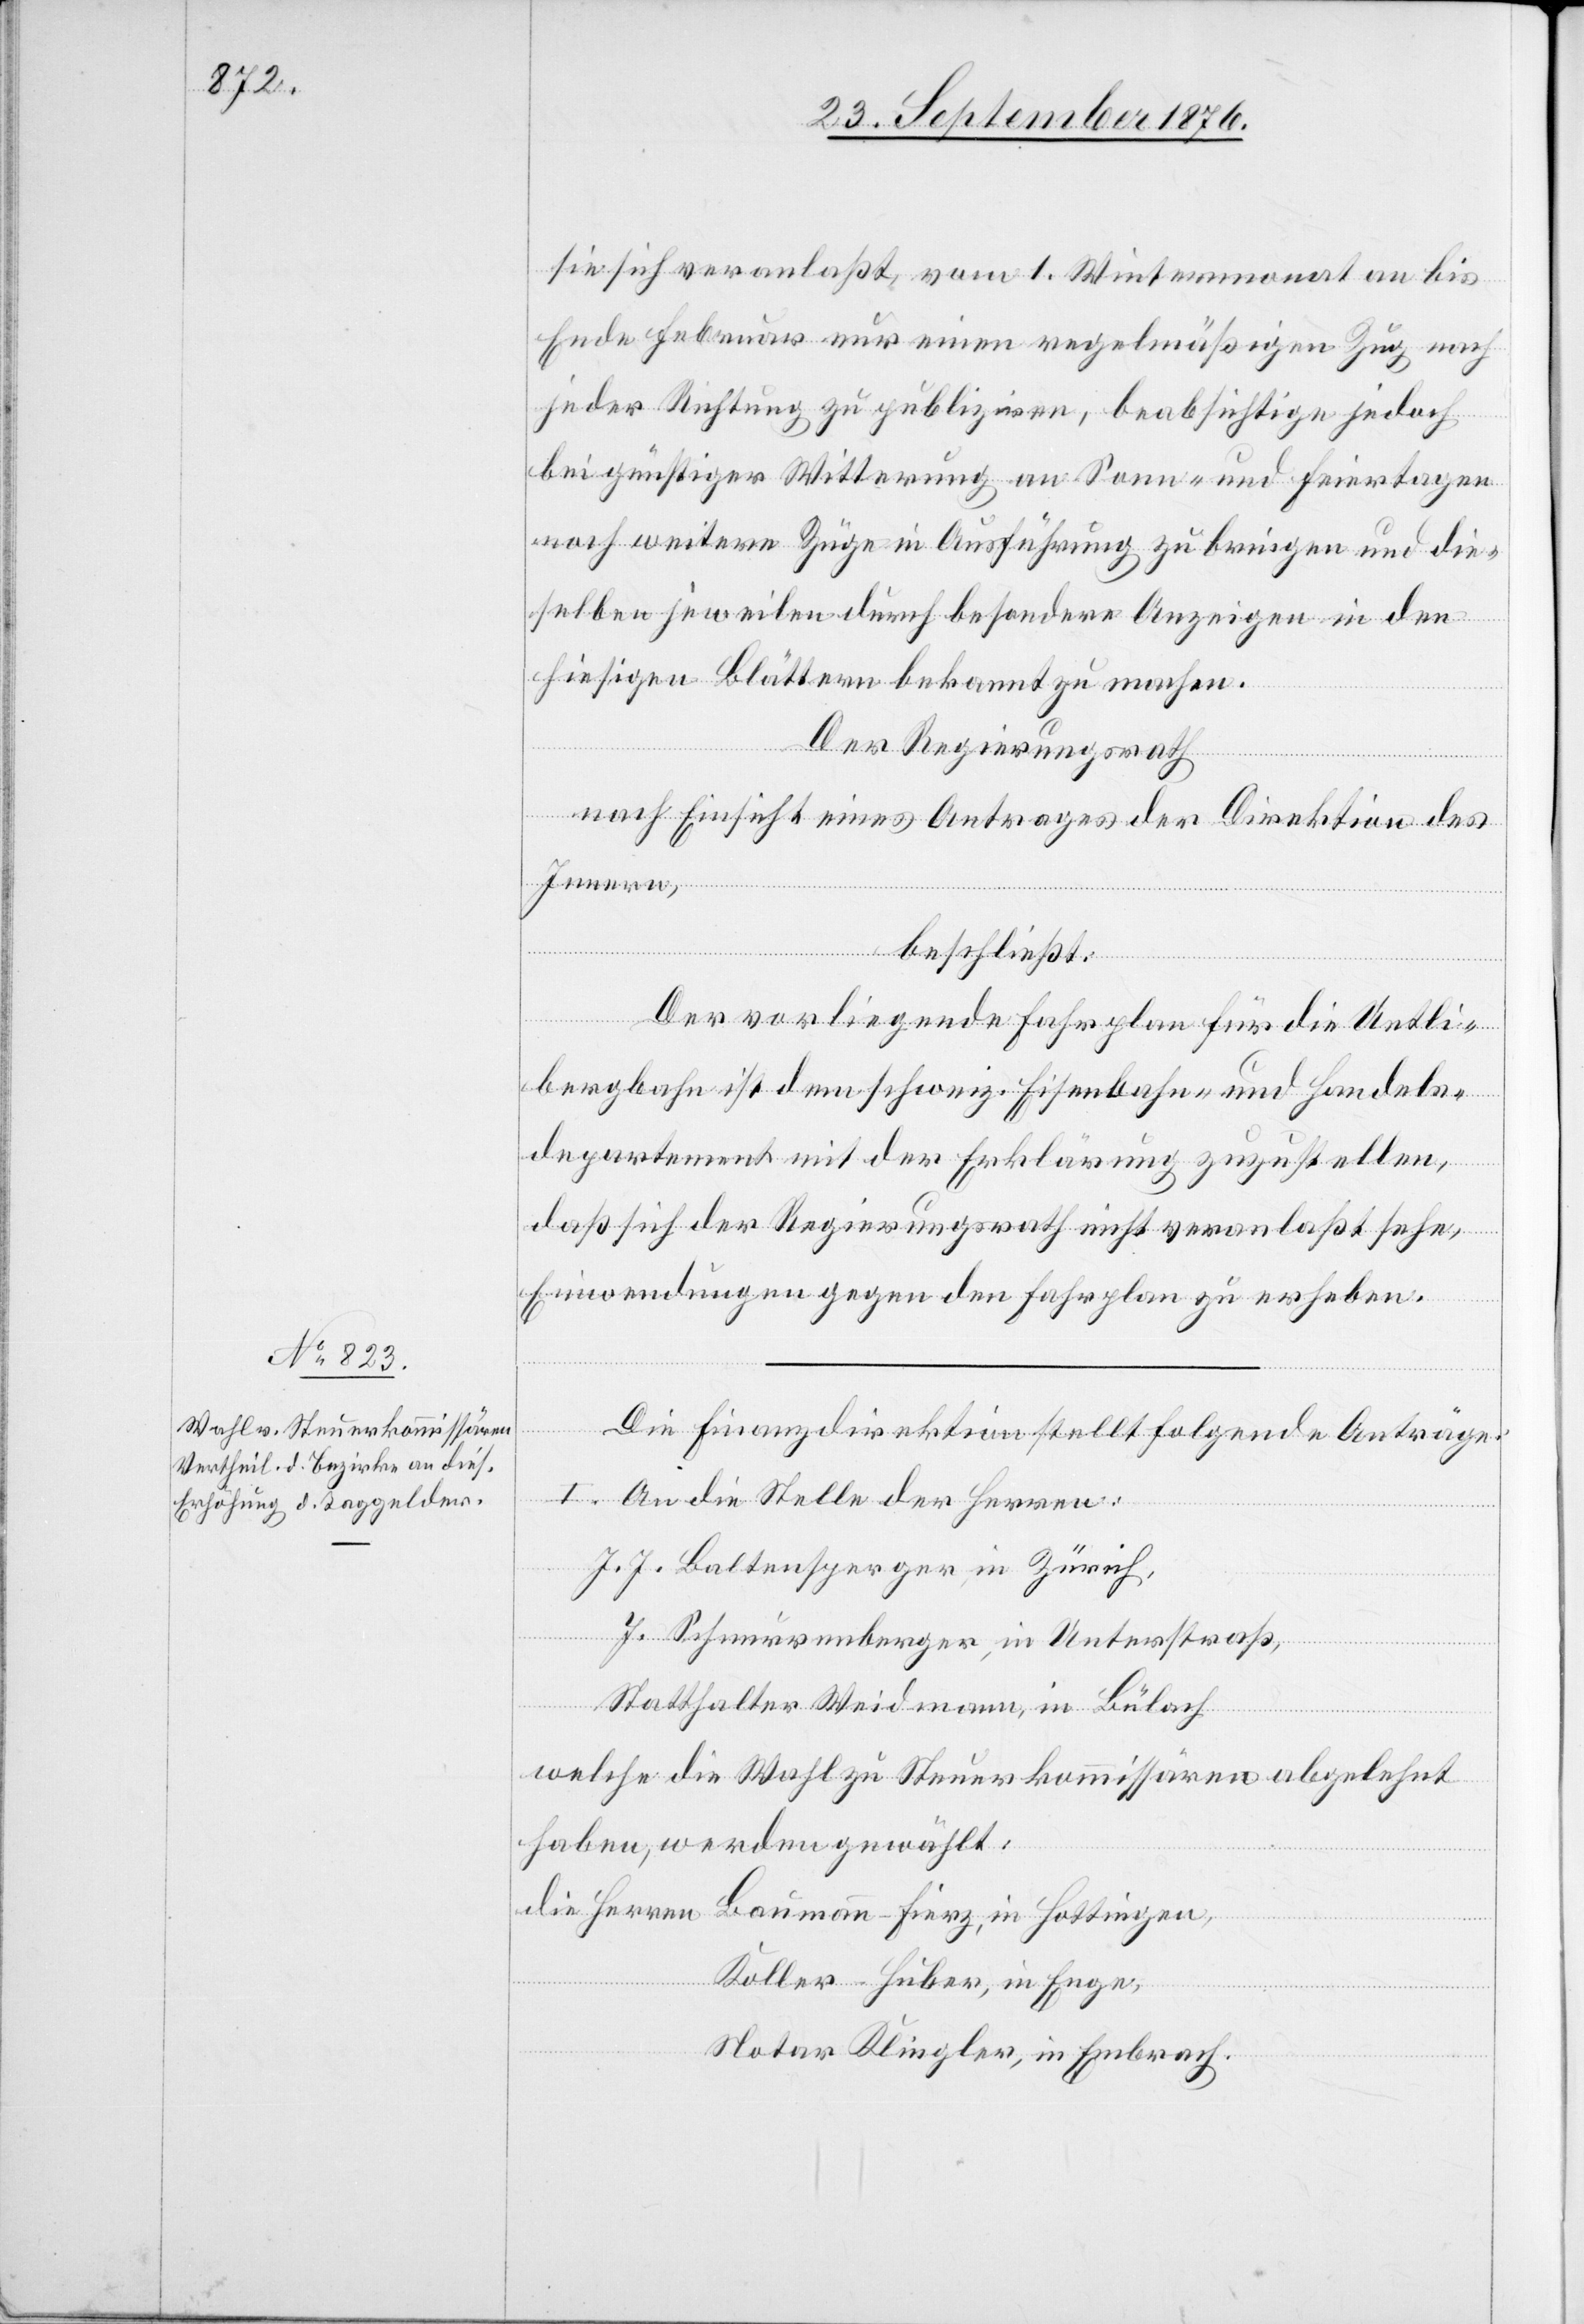
sie sich veranlaßt, vom 1. Wintermonat an bis
Ende Februar nur einen regelmäßigen Zug nach
jeder Richtung zu publiziren, beabsichtige jedoch
bei günstiger Witterung an Sonn- und Feiertagen
noch weitere Züge in Ausführung zu bringen und die¬
selben jeweilen durch besondere Anzeigen in den
hiesigen Blättern bekannt zu machen.
Der Regierungsrath,
nach Einsicht eines Antrages der Direktion des
Innern,
beschließt:
Der vorliegende Fahrplan für die Uetli¬
bergbahn ist dem schweiz. Eisenbahn- und Handels¬
departement mit der Erklärung zuzustellen,
daß sich der Regierungsrath nicht veranlaßt sehe,
Einwendungen gegen den Fahrplan zu erheben.
Die Finanzdirektion stellt folgende Anträge:
I. An die Stelle der Herren:
J. J. Baltensperger in Zürich,
J. Schnurrenberger, in Unterstraß,
Statthalter Weidmann, in Bülach
welche die Wahl zu Steuerkommissären abgelehnt
haben, werden gewählt:
die Herren Baumann-Fierz, in Hottingen,
Koller-Huber, in Enge,
Notar Klingler, in Embrach.